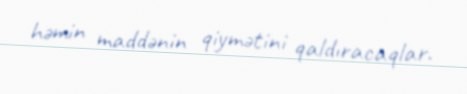
həmin maddənin qiymətini qaldıracaqlar.